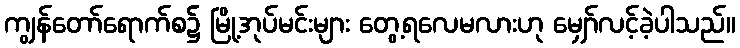
ကျွန်တော်ရောက်စ၌ မြို့အုပ်မင်းများ တွေ့ရလေမလားဟု မျှော်လင့်ခဲ့ပါသည်။